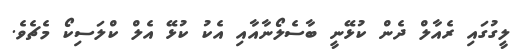
ލީގުގައި ރެއާލް ދެން ކުޅޭނީ ބާސެލޯނާއާއި އެކު ކުޅޭ އެލް ކްލަސިކޯ މެޗެވެ.